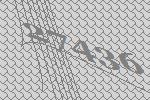
27436